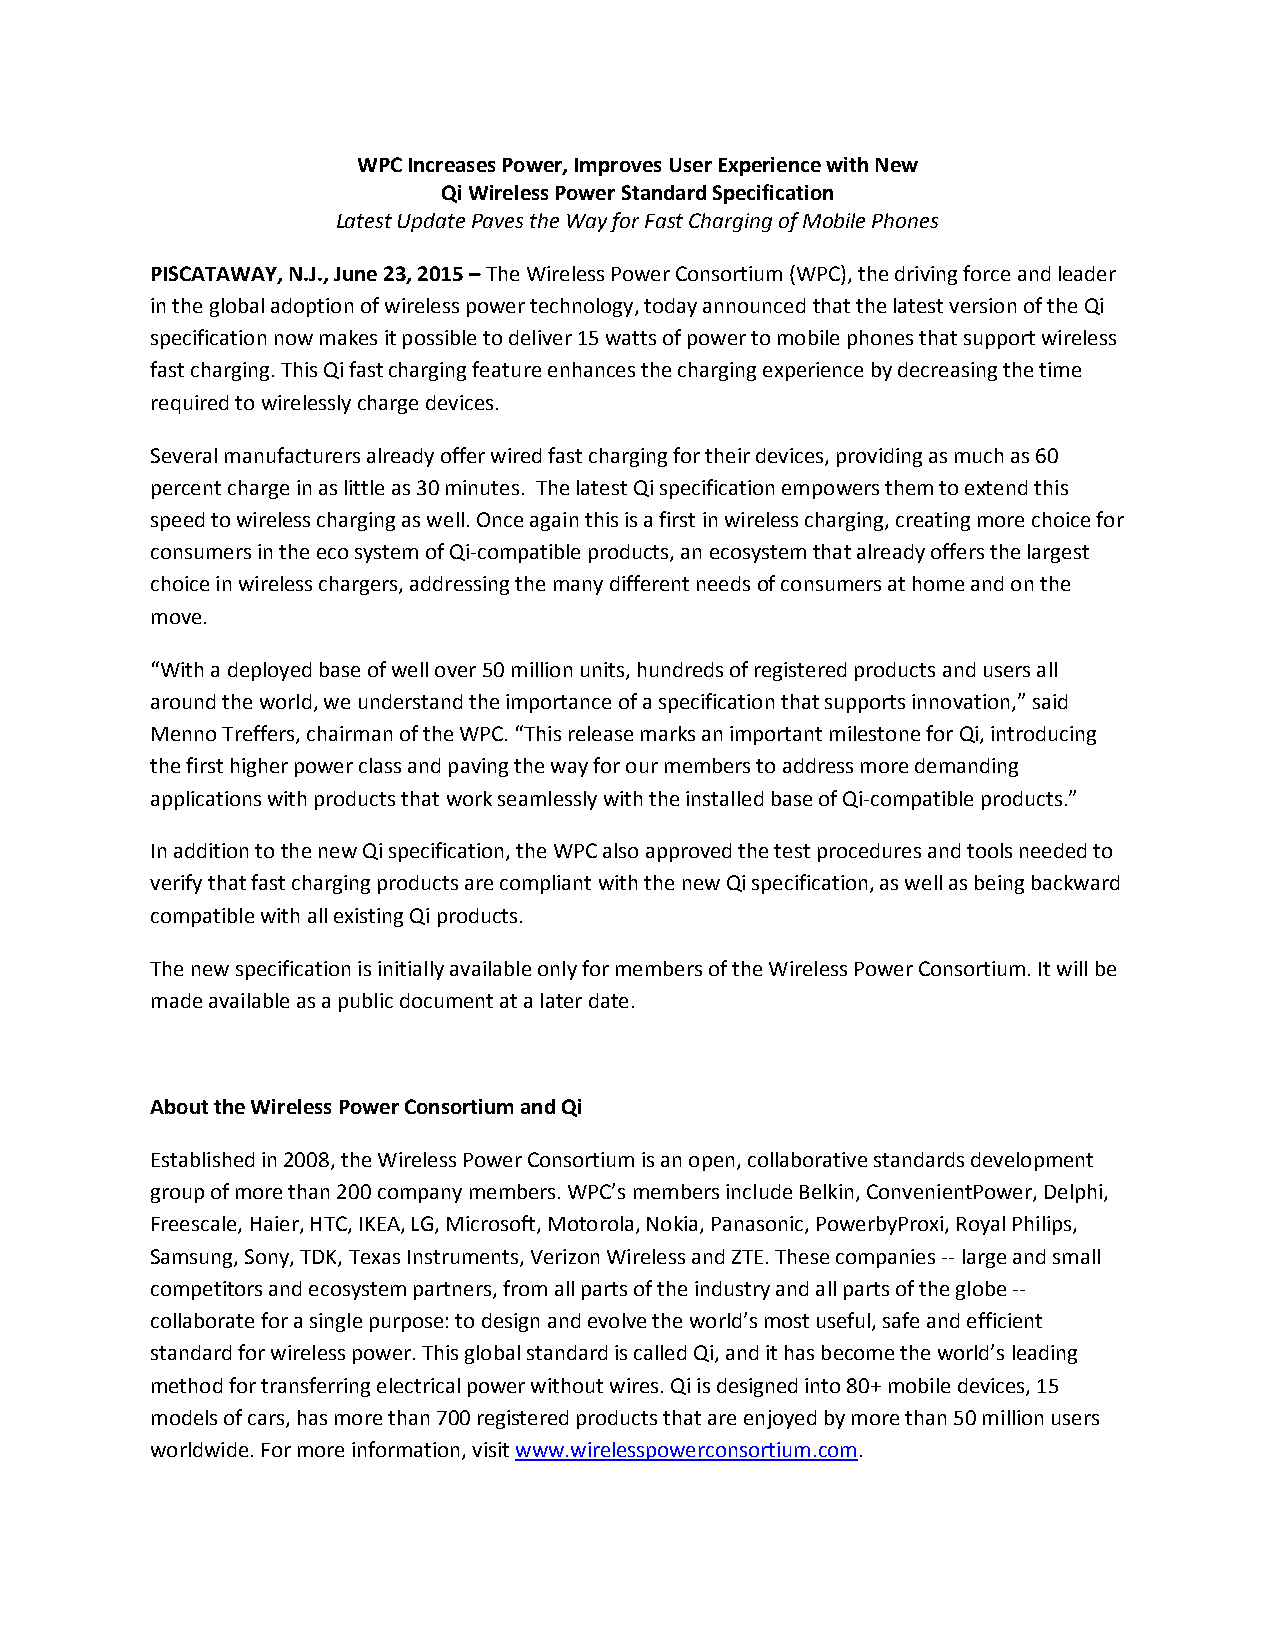
WPC Increases Power, Improves User Experience with New
 Qi Wireless Power Standard Specification
 Latest Update Paves the Way for Fast Charging of Mobile Phones
 PISCATAWAY, N.J., June 23, 2015 – The Wireless Power Consortium (WPC), the driving force and leader
 in the global adoption of wireless power technology, today announced that the latest version of the Qi
 specification now makes it possible to deliver 15 watts of power to mobile phones that support wireless
 fast charging. This Qi fast charging feature enhances the charging experience by decreasing the time
 required to wirelessly charge devices.
 Several manufacturers already offer wired fast charging for their devices, providing as much as 60
 percent charge in as little as 30 minutes. The latest Qi specification empowers them to extend this
 speed to wireless charging as well. Once again this is a first in wireless charging, creating more choice for
 consumers in the eco system of Qi-compatible products, an ecosystem that already offers the largest
 choice in wireless chargers, addressing the many different needs of consumers at home and on the
 move.
 “With a deployed base of well over 50 million units, hundreds of registered products and users all
 around the world, we understand the importance of a specification that supports innovation,” said
 Menno Treffers, chairman of the WPC. “This release marks an important milestone for Qi, introducing
 the first higher power class and paving the way for our members to address more demanding
 applications with products that work seamlessly with the installed base of Qi-compatible products.”
 In addition to the new Qi specification, the WPC also approved the test procedures and tools needed to
 verify that fast charging products are compliant with the new Qi specification, as well as being backward
 compatible with all existing Qi products.
 The new specification is initially available only for members of the Wireless Power Consortium. It will be
 made available as a public document at a later date.
 About the Wireless Power Consortium and Qi
 Established in 2008, the Wireless Power Consortium is an open, collaborative standards development
 group of more than 200 company members. WPC’s members include Belkin, ConvenientPower, Delphi,
 Freescale, Haier, HTC, IKEA, LG, Microsoft, Motorola, Nokia, Panasonic, PowerbyProxi, Royal Philips,
 Samsung, Sony, TDK, Texas Instruments, Verizon Wireless and ZTE. These companies -- large and small
 competitors and ecosystem partners, from all parts of the industry and all parts of the globe --
 collaborate for a single purpose: to design and evolve the world’s most useful, safe and efficient
 standard for wireless power. This global standard is called Qi, and it has become the world’s leading
 method for transferring electrical power without wires. Qi is designed into 80+ mobile devices, 15
 models of cars, has more than 700 registered products that are enjoyed by more than 50 million users
 worldwide. For more information, visit www.wirelesspowerconsortium.com.